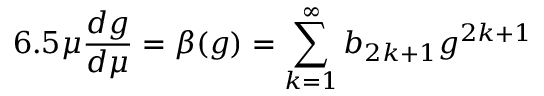
6 . 5 \mu \frac { d g } { d \mu } = \beta ( g ) = \sum _ { k = 1 } ^ { \infty } b _ { 2 k + 1 } g ^ { 2 k + 1 }